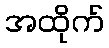
အထိုက်